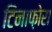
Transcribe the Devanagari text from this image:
टिनाफ़ोरा